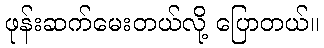
ဖုန်းဆက်မေးတယ်လို့ ပြောတယ်။